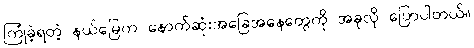
ကြုံခဲ့ရတဲ့ နယ်မြေက နောက်ဆုံးအခြေအနေတွေကို အခုလို ပြောပါတယ်။